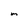
Character: m